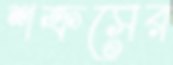
শক্রসের